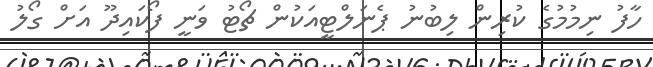
ހާފު ނިމުމުގެ ކުރިން ލިބުނު ޕެނަލްޓީއަކުން ޗޯޓު ވަނީ ފޯކައިދޫ އަށް ގޯލު